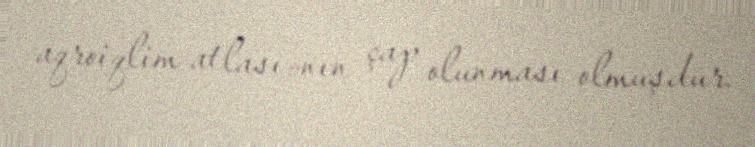
aqroiqlim atlası»nın çap olunması olmuşdur.